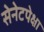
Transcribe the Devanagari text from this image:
सेनेटपेक्षा